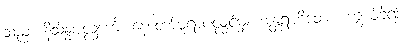
သည်။ နိသိန္နပလ္လင်္ကေ၊ နေတော်မူရာပလ္လင်မှ။ အန္တရဟိတော၊ ကွယ်ခဲ့၍။